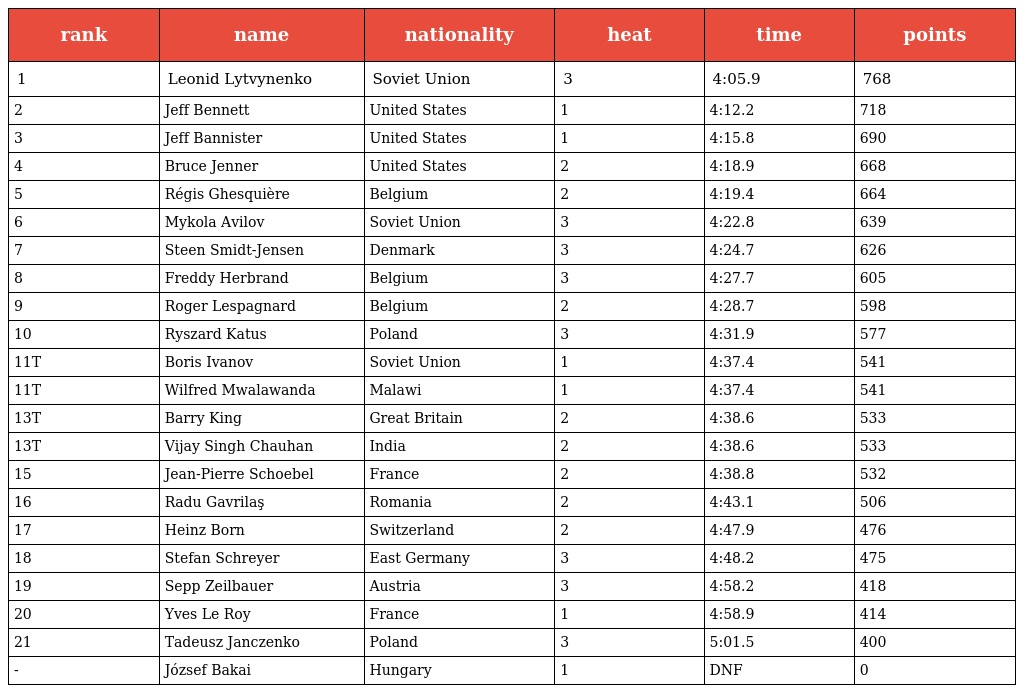
| rank | name | nationality | heat | time | points |
 | --- | --- | --- | --- | --- | --- |
 | 1 | Leonid Lytvynenko | Soviet Union | 3 | 4:05.9 | 768 |
 | 2 | Jeff Bennett | United States | 1 | 4:12.2 | 718 |
 | 3 | Jeff Bannister | United States | 1 | 4:15.8 | 690 |
 | 4 | Bruce Jenner | United States | 2 | 4:18.9 | 668 |
 | 5 | Régis Ghesquière | Belgium | 2 | 4:19.4 | 664 |
 | 6 | Mykola Avilov | Soviet Union | 3 | 4:22.8 | 639 |
 | 7 | Steen Smidt-Jensen | Denmark | 3 | 4:24.7 | 626 |
 | 8 | Freddy Herbrand | Belgium | 3 | 4:27.7 | 605 |
 | 9 | Roger Lespagnard | Belgium | 2 | 4:28.7 | 598 |
 | 10 | Ryszard Katus | Poland | 3 | 4:31.9 | 577 |
 | 11T | Boris Ivanov | Soviet Union | 1 | 4:37.4 | 541 |
 | 11T | Wilfred Mwalawanda | Malawi | 1 | 4:37.4 | 541 |
 | 13T | Barry King | Great Britain | 2 | 4:38.6 | 533 |
 | 13T | Vijay Singh Chauhan | India | 2 | 4:38.6 | 533 |
 | 15 | Jean-Pierre Schoebel | France | 2 | 4:38.8 | 532 |
 | 16 | Radu Gavrilaş | Romania | 2 | 4:43.1 | 506 |
 | 17 | Heinz Born | Switzerland | 2 | 4:47.9 | 476 |
 | 18 | Stefan Schreyer | East Germany | 3 | 4:48.2 | 475 |
 | 19 | Sepp Zeilbauer | Austria | 3 | 4:58.2 | 418 |
 | 20 | Yves Le Roy | France | 1 | 4:58.9 | 414 |
 | 21 | Tadeusz Janczenko | Poland | 3 | 5:01.5 | 400 |
 | - | József Bakai | Hungary | 1 | DNF | 0 |